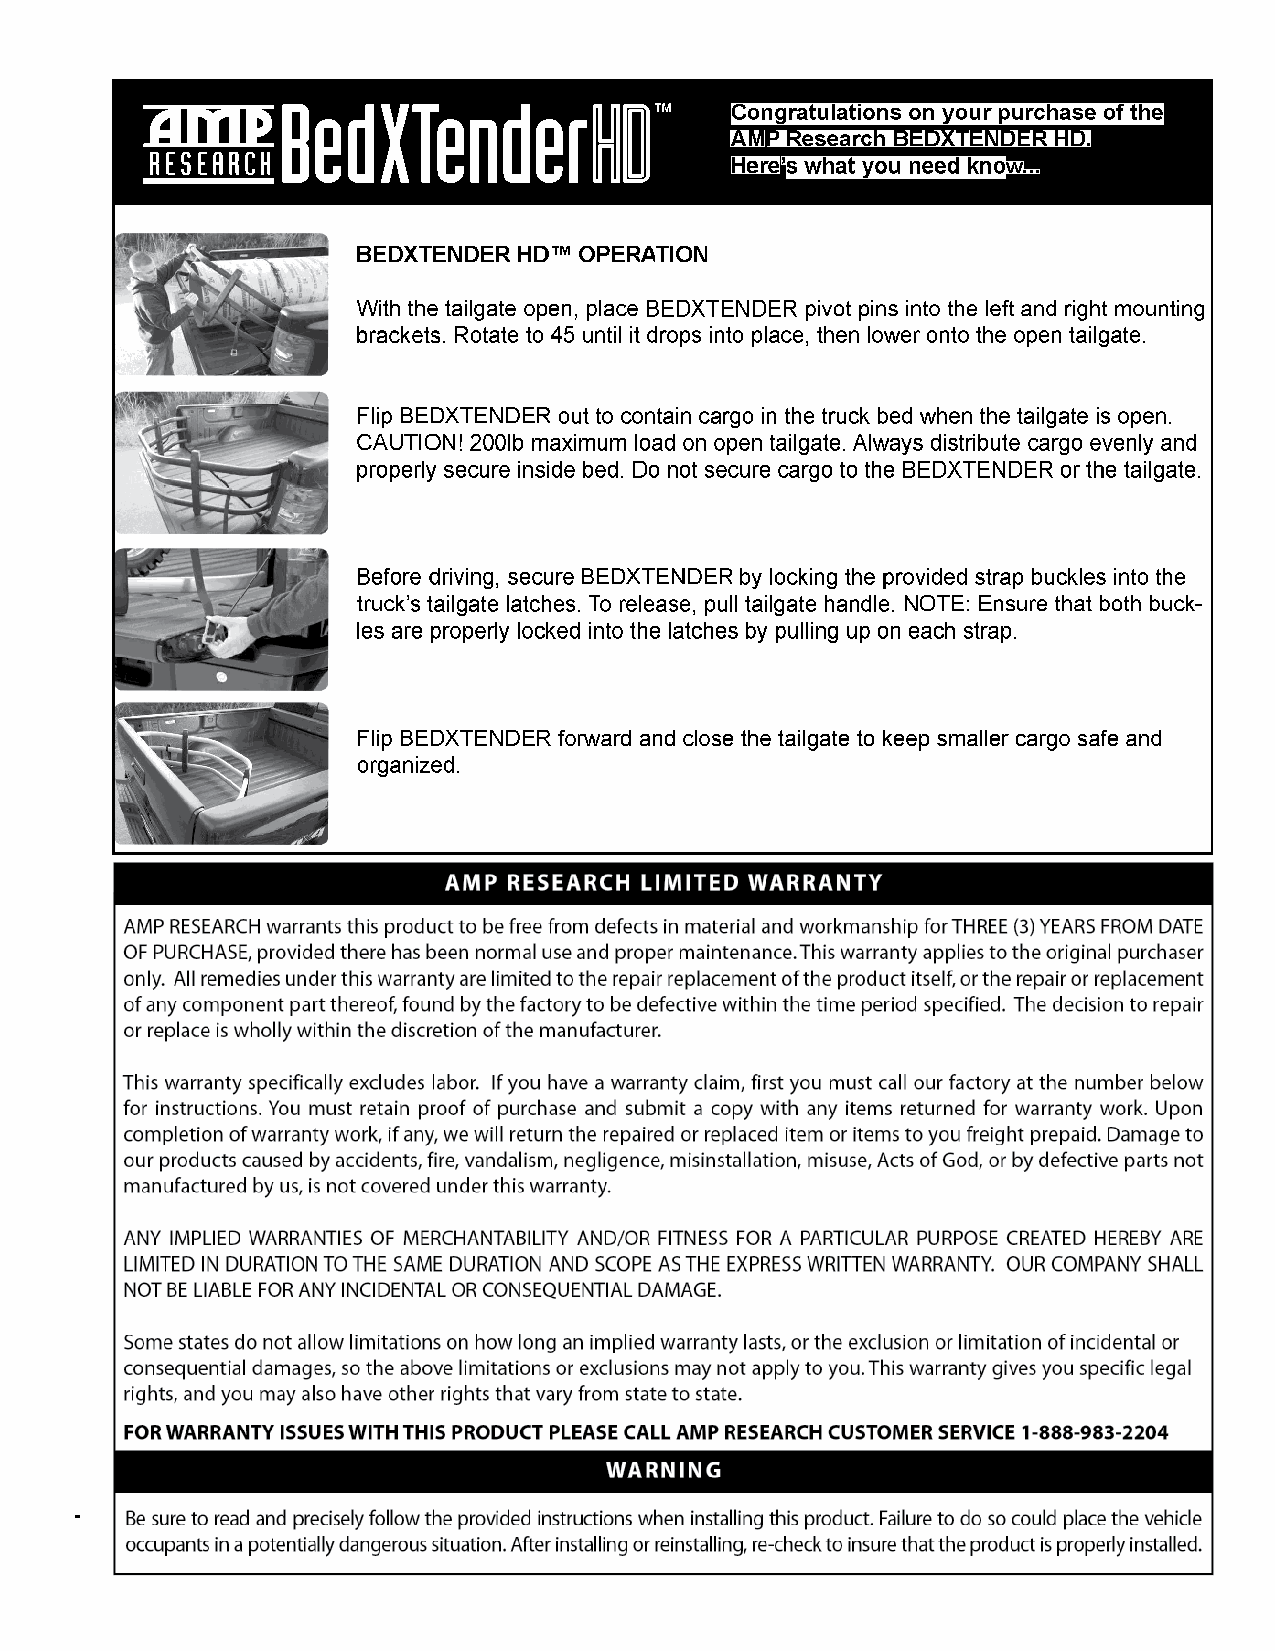
www.amp-research.com              8/8                           rev 01.03.12